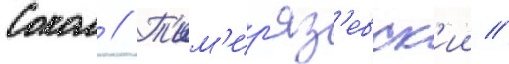
Сокол // Т'им'ир'яз'евск'ии //